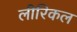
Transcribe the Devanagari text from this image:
लीरिकल